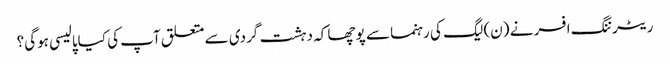
ریٹرننگ افسر نے (ن) لیگ کی رہنما سے پوچھا کہ دہشت گردی سے متعلق آپ کی کیاپالیسی ہوگی؟